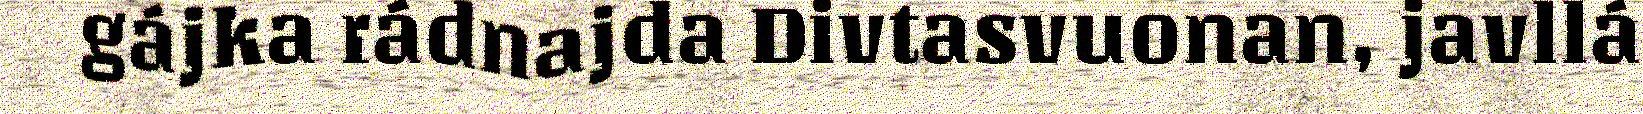
gájka rádnajda Divtasvuonan, javllá